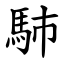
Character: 馷